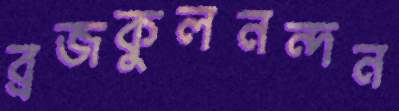
ব্রজকুলনন্দন